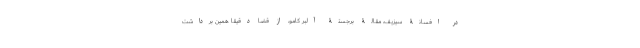
در افسانۀ سیزیف، مقالۀ برجستۀ آلبر کامو، از قضا دقیقاً همین برداشت